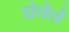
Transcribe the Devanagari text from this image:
घेतेले